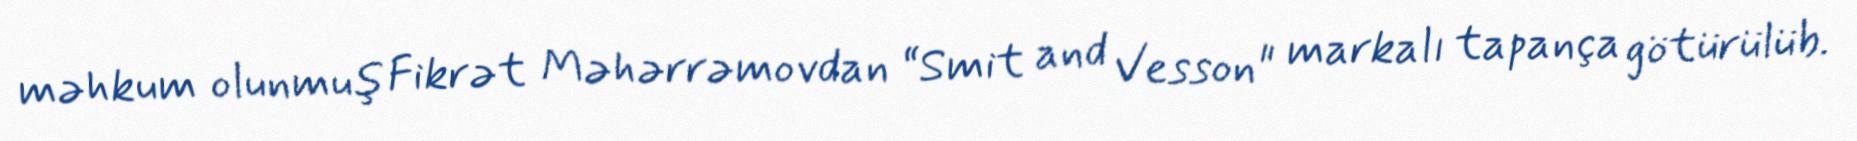
məhkum olunmuş Fikrət Məhərrəmovdan “Smit and Vesson" markalı tapança götürülüb.